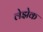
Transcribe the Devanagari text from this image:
लेझेक